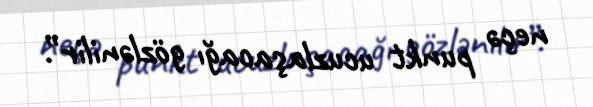
neçə punkt ucuzlaşacağı gözlənilir”.